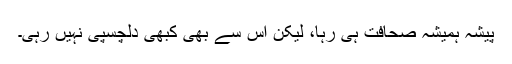
پیشہ ہمیشہ صحافت ہی رہا، لیکن اس سے بھی کبھی دلچسپی نہیں رہی۔